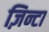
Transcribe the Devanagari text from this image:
ज़िन्टा